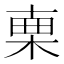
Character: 𣓟